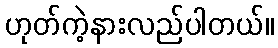
ဟုတ်ကဲ့နားလည်ပါတယ်။